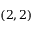
( 2 , 2 )